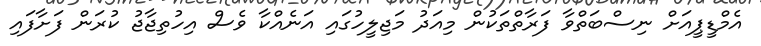
އެމްޑީޕީއަށް ނިސްބަތްވާ ފަރާތްތަކުން މިއަދު މަޖިލީހުގައި އަނެއްކާ ވެސް އިހުތިޖާޖު ކުރަން ފަށާފައި